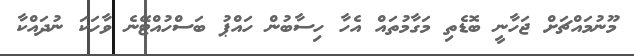
މޫނުމައްޗަށް ޖަހާނީ ބޮޑެތި މަގާމުތައް އެހާ ހިސާބުން ހައްޕު ބަސްހުއްޓޭނެ ވާހަކަ ނުދައްކާ